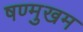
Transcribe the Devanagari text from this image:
षण्मुखम